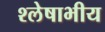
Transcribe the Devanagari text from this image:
श्लेषाभीय